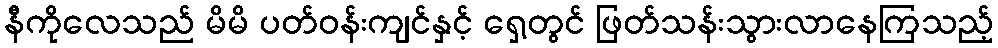
နီကိုလေသည် မိမိ ပတ်ဝန်းကျင်နှင့် ရှေ့တွင် ဖြတ်သန်းသွားလာနေကြသည့်